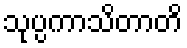
သုပ္ပကာသိတာတိ